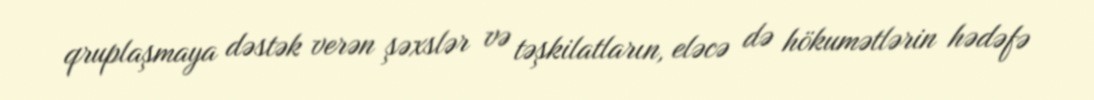
qruplaşmaya dəstək verən şəxslər və təşkilatların, eləcə də hökumətlərin hədəfə